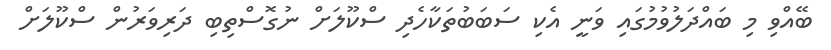
ބޭއްވި މި ބައްދަލުވުމުގައި ވަނީ އެކި ސަބަބުތަކާހެދި ސްކޫލަށް ނުގޮސްތިބި ދަރިވަރުން ސްކޫލަށް